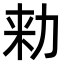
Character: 𠡠